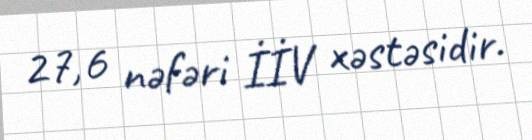
27,6 nəfəri İİV xəstəsidir.